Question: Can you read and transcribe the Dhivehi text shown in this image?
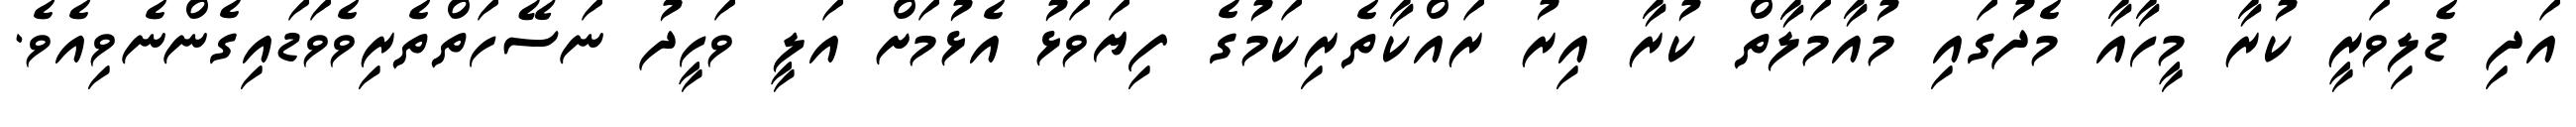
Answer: އަދި ޑެލިވަރީ ކުރާ މީހާއާ މެދުގައި މުއާމަލާތް ކުރާ އިރު ރައްކާތެރިކަމުގެ ފިޔަވަޅު އެޅުމަށް އަލީ ވަހީދު ނަސޭހަތްތެރިވެވަޑައިގެންނެވިއެވެ.